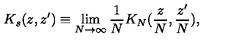
K _ { s } ( z , z ^ { \prime } ) \equiv \lim _ { N \rightarrow \infty } \frac 1 N K _ { N } ( \frac { z } { N } , \frac { z ^ { \prime } } { N } ) ,